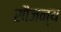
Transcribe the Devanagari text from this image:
सौजन्‍य